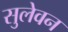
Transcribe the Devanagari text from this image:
सुलेवन